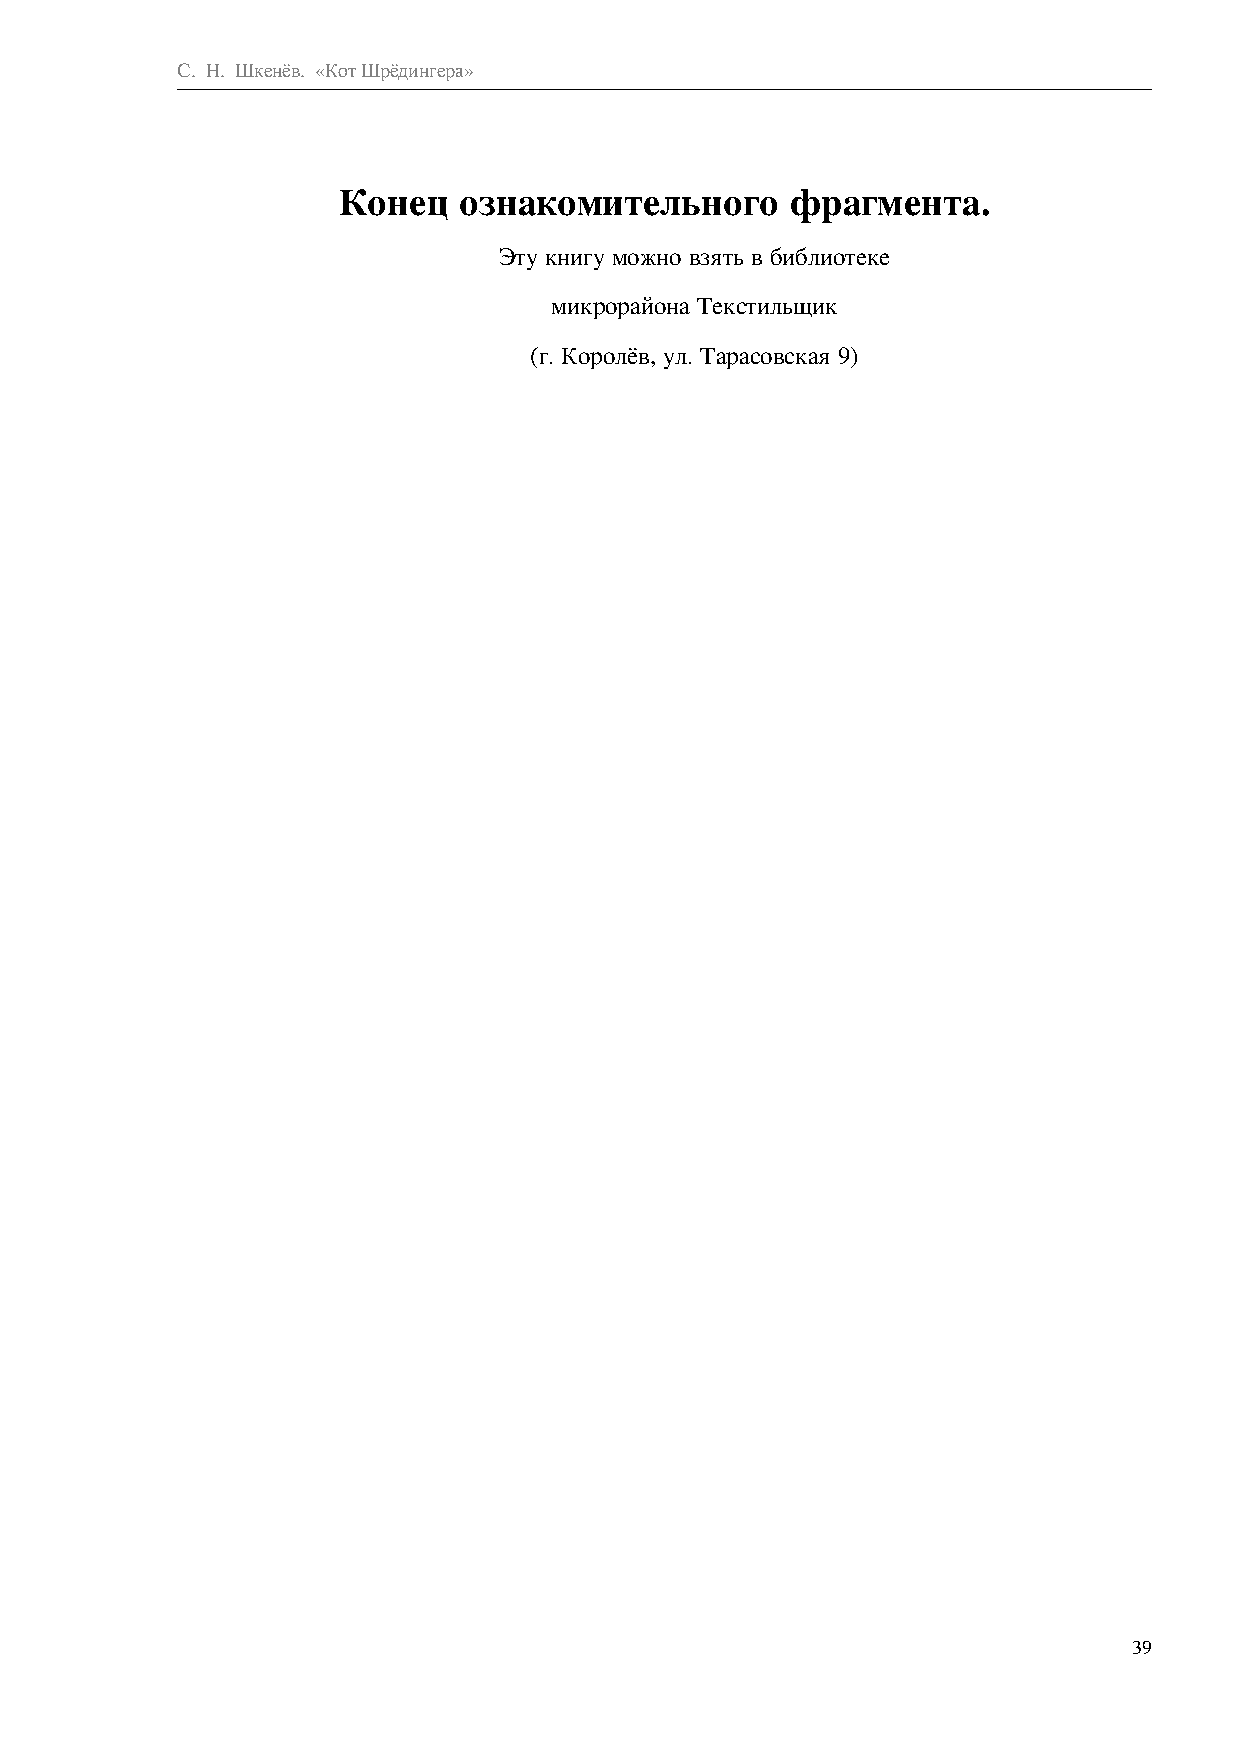
С. Н. Шкенёв. «Кот Шрёдингера»
 Конец   ознакомительного      фрагмента.
 Эту книгу можно взять в библиотеке
 микрорайона Текстильщик
 (г. Королёв, ул. Тарасовская 9)
 39